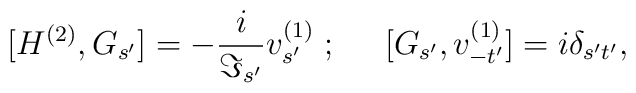
{[H^{(2)},G_{s'}]}= -\frac{i}{\Im_{s'}}v^{(1)}_{s'} \; ; \;\;\;\;\;	{[G_{s'},v^{(1)}_{-t'}]}=i\delta_{s't'},